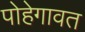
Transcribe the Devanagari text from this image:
पोहेगावत